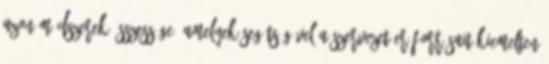
azon módszerek összessége, amelyek segítségével a szervezet erőforrásait kiemelten